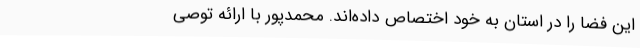
این فضا را در استان به خود اختصاص داده‌اند. محمدپور با ارائه توصی